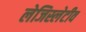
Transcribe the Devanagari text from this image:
लेजिस्लेटीव